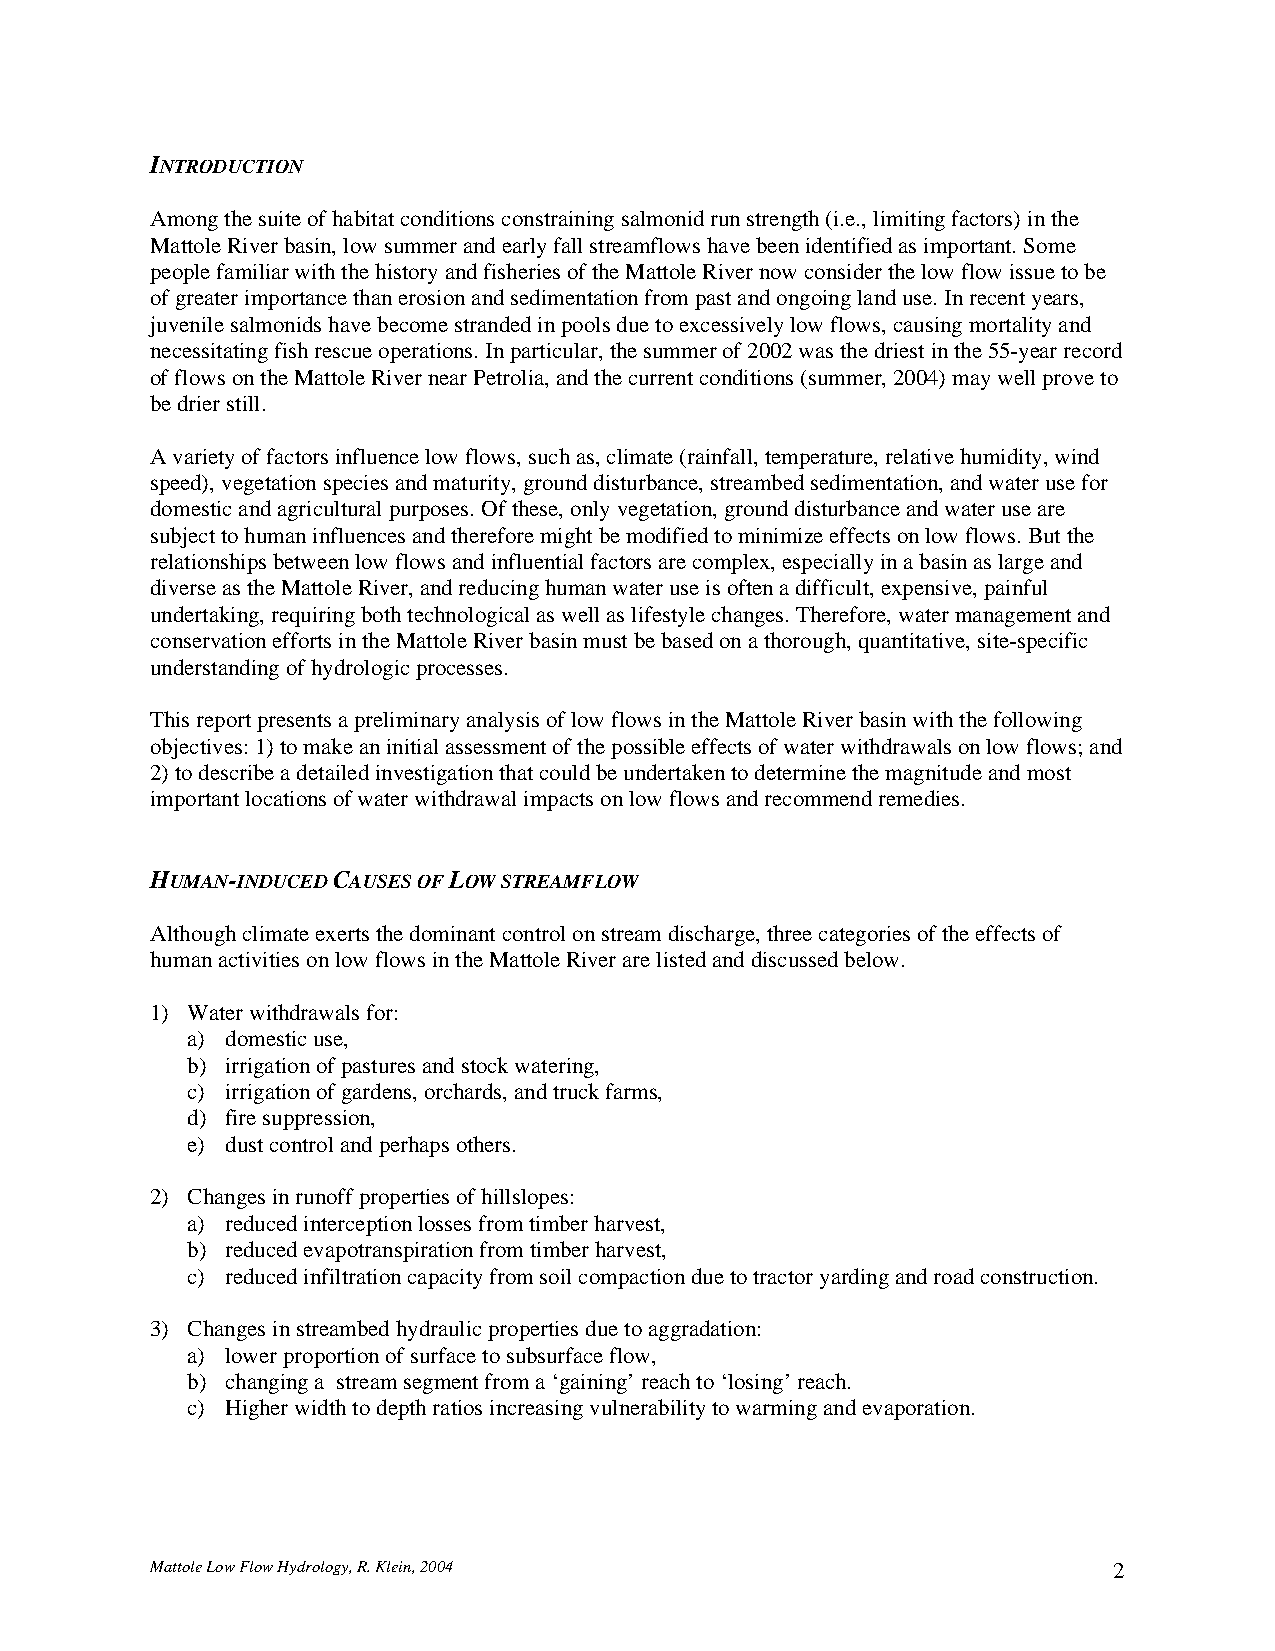
INTRODUCTION
 Among the suite of habitat conditions constraining salmonid run strength (i.e., limiting factors) in the
 Mattole River basin, low summer and early fall streamflows have been identified as important. Some
 people familiar with the history and fisheries of the Mattole River now consider the low flow issue to be
 of greater importance than erosion and sedimentation from past and ongoing land use. In recent years,
 juvenile salmonids have become stranded in pools due to excessively low flows, causing mortality and
 necessitating fish rescue operations. In particular, the summer of 2002 was the driest in the 55-year record
 of flows on the Mattole River near Petrolia, and the current conditions (summer, 2004) may well prove to
 be drier still.
 A variety of factors influence low flows, such as, climate (rainfall, temperature, relative humidity, wind
 speed), vegetation species and maturity, ground disturbance, streambed sedimentation, and water use for
 domestic and agricultural purposes. Of these, only vegetation, ground disturbance and water use are
 subject to human influences and therefore might be modified to minimize effects on low flows. But the
 relationships between low flows and influential factors are complex, especially in a basin as large and
 diverse as the Mattole River, and reducing human water use is often a difficult, expensive, painful
 undertaking, requiring both technological as well as lifestyle changes. Therefore, water management and
 conservation efforts in the Mattole River basin must be based on a thorough, quantitative, site-specific
 understanding of hydrologic processes.
 This report presents a preliminary analysis of low flows in the Mattole River basin with the following
 objectives: 1) to make an initial assessment of the possible effects of water withdrawals on low flows; and
 2) to describe a detailed investigation that could be undertaken to determine the magnitude and most
 important locations of water withdrawal impacts on low flows and recommend remedies.
 HUMAN-INDUCED CAUSES OF LOW STREAMFLOW
 Although climate exerts the dominant control on stream discharge, three categories of the effects of
 human activities on low flows in the Mattole River are listed and discussed below.
 1) Water withdrawals for:
 a) domestic use,
 b) irrigation of pastures and stock watering,
 c) irrigation of gardens, orchards, and truck farms,
 d) fire suppression,
 e) dust control and perhaps others.
 2) Changes in runoff properties of hillslopes:
 a) reduced interception losses from timber harvest,
 b) reduced evapotranspiration from timber harvest,
 c) reduced infiltration capacity from soil compaction due to tractor yarding and road construction.
 3) Changes in streambed hydraulic properties due to aggradation:
 a) lower proportion of surface to subsurface flow,
 b) changing a stream segment from a ‘gaining’ reach to ‘losing’ reach.
 c) Higher width to depth ratios increasing vulnerability to warming and evaporation.
 Mattole Low Flow Hydrology, R. Klein, 2004                      2